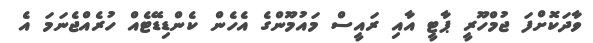
ވާދަކޮށްފަ ޖުމްހޫރީ ޕާޓީ އާއި ރައީސް މައުމޫންގެ އެހެން ކެންޑިޑޭޓެއް ހުރެއްޖެނަމަ އެ